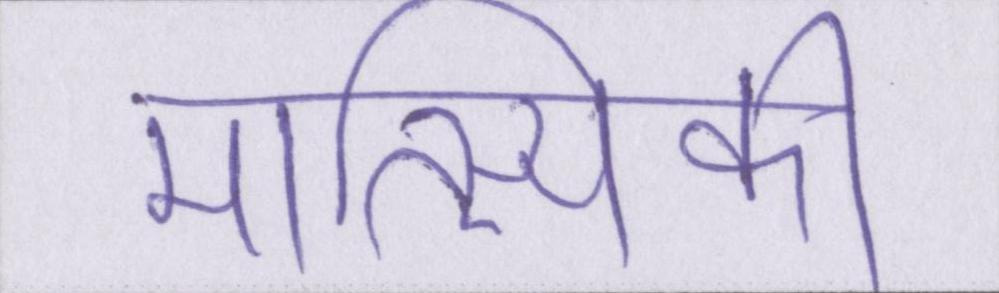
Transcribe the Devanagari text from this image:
मात्स्यिकी